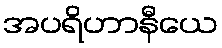
အပရိဟာနီယေ